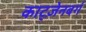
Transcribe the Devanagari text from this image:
काट्ज़ेनबर्ग